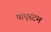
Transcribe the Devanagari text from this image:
पाएस्टम